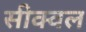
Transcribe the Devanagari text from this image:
सीक्‍वल